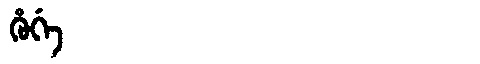
Manchu: ᡥᡠᡤᡝ
Romanization: HUGE